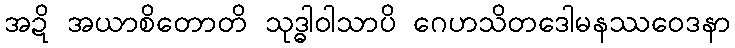
အဍိ အယာစိတောတိ သုဒ္ဓါဝါသာပိ ဂေဟသိတဒေါမနဿဝေဒနာ